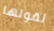
لقولها